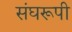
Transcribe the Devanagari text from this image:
संघरूपी